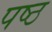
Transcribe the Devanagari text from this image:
पष्ठ